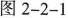
图2-2-1